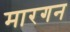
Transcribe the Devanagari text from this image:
मारगन